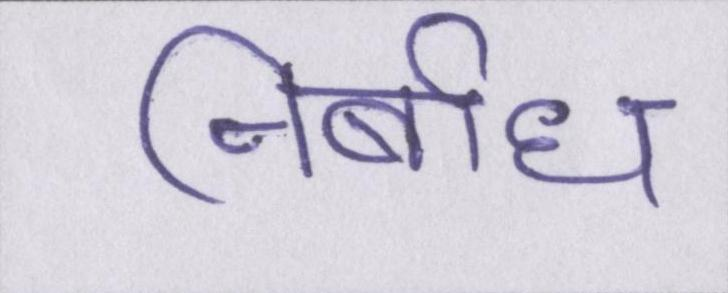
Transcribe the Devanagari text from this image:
निर्बाध